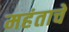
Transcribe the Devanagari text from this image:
महंताचे